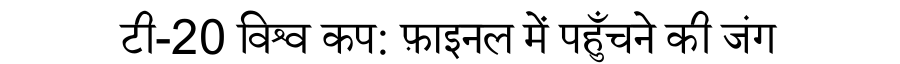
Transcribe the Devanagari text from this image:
टी-20 विश्व कप: फ़ाइनल में पहुँचने की जंग